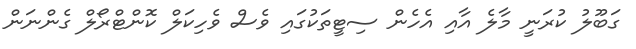
ގަބޫލު ކުރަނީ މާލެ އާއި އެހެން ސިޓީތަކުގައި ވެސް ވެހިކަލް ކޮންޓްރޯލް ގެންނަން